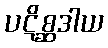
ပဋိစ္ဆဒါယ